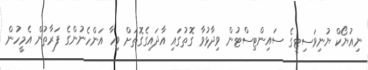
ނިއުޔޯކް ޔުނިވަސިޓީގެ ސައިންޓިސްޓުން ވިދާޅުވާ ގޮތުގައި އާދައިގެގޮތަށް ވިހާ އަންހެނުންގެ ފަރާތުން އެމީހުން